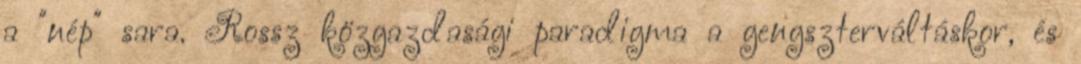
a "nép" sara. Rossz közgazdasági paradigma a gengszterváltáskor, és